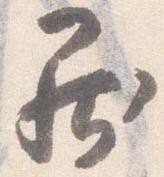
罷